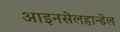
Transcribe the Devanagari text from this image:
आइनसेलहान्डेल